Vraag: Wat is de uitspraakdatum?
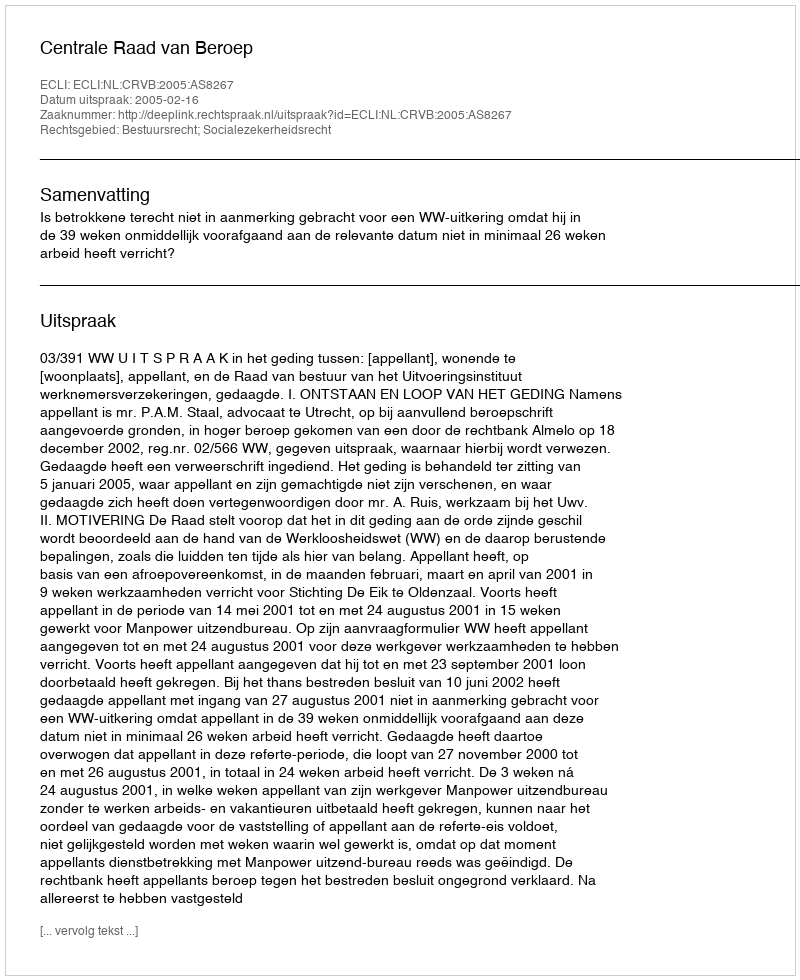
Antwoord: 2005-02-16